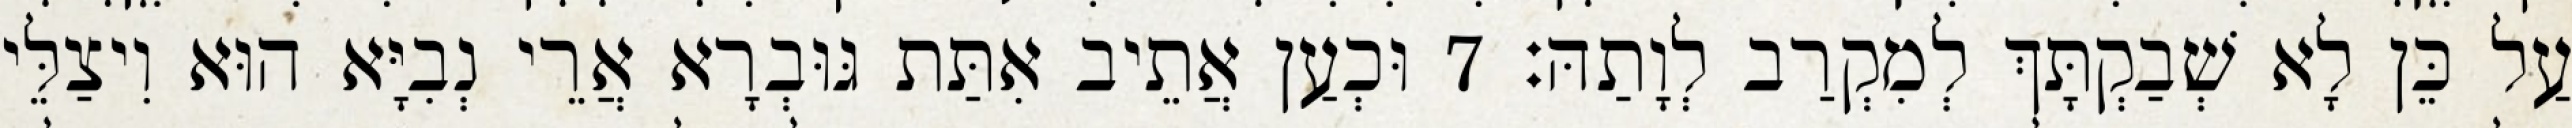
עַל כֵּן לָא שְׁבַקְתָּךְ לְמִקְרַב לְוָתַהּ׃ 7 וּכְעַן אֲתֵיב אִתַּת גּוּבְרָא אֲרֵי נְבִיָּא הוּא וִיצַלֵּי